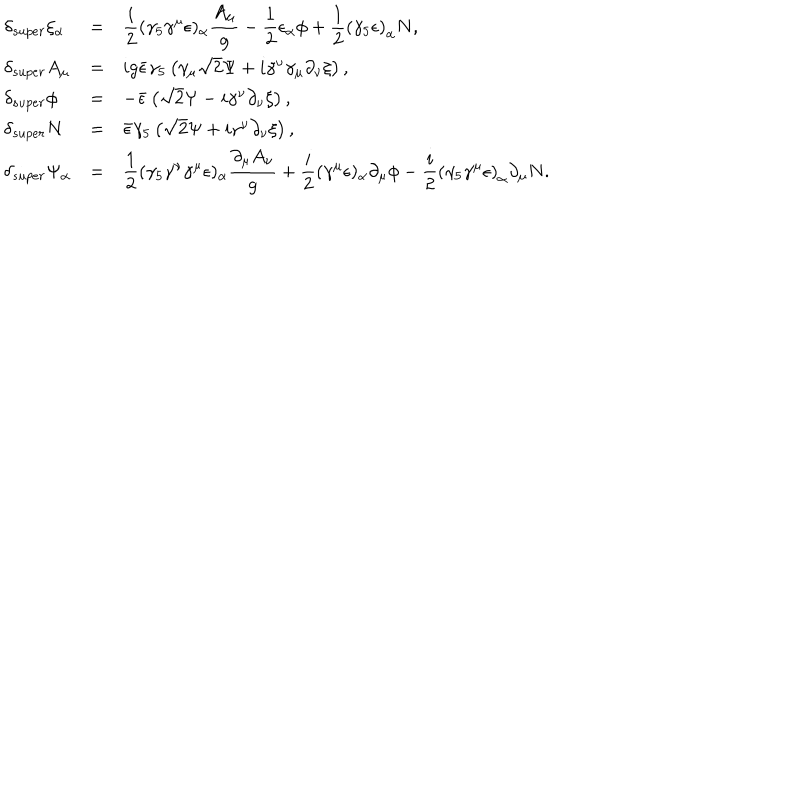
\begin{array} { l c l } { { \delta _ { s u p e r } \xi _ { \alpha } } } & { { = } } & { { \displaystyle \frac { i } { 2 } ( \gamma _ { 5 } \gamma ^ { \mu } \epsilon ) _ { \alpha } \frac { A _ { \mu } } { g } - \frac { 1 } { 2 } \epsilon _ { \alpha } \phi + { \frac { 1 } { 2 } } \left( \gamma _ { 5 } \epsilon \right) _ { \alpha } N , } } \\ { { \delta _ { s u p e r } A _ { \mu } } } & { { = } } & { { i g \bar { \epsilon } \gamma _ { 5 } \left( \gamma _ { \mu } \sqrt { 2 } \Psi + i \gamma ^ { \nu } \gamma _ { \mu } \partial _ { \nu } \xi \right) , } } \\ { { \delta _ { s u p e r } \phi } } & { { = } } & { { - \bar { \epsilon } \left( \sqrt { 2 } \Psi - i \gamma ^ { \nu } \partial _ { \nu } \xi \right) , } } \\ { { \delta _ { s u p e r } N } } & { { = } } & { { \bar { \epsilon } \gamma _ { 5 } \left( \sqrt { 2 } \Psi + i \gamma ^ { \nu } \partial _ { \nu } \xi \right) , } } \\ { { \delta _ { s u p e r } \Psi _ { \alpha } } } & { { = } } & { { \displaystyle \frac { 1 } { 2 } ( \gamma _ { 5 } \gamma ^ { \nu } \gamma ^ { \mu } \epsilon ) _ { \alpha } \frac { \partial _ { \mu } A _ { \nu } } { g } + \frac { i } { 2 } ( \gamma ^ { \mu } \epsilon ) _ { \alpha } \partial _ { \mu } \phi - { \frac { i } { 2 } } \left( \gamma _ { 5 } \gamma ^ { \mu } \epsilon \right) _ { \alpha } \partial _ { \mu } N . } } \\ \end{array}